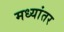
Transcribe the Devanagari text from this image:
मध्‍यांतर